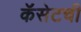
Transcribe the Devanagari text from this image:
कॅसेटची